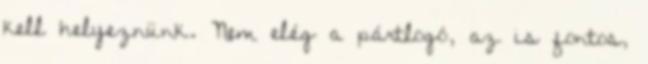
kell helyeznünk. Nem elég a pártlogó, az is fontos,